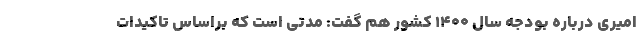
امیری درباره بودجه سال ۱۴۰۰ کشور هم گفت: مدتی است که براساس تاکیدات